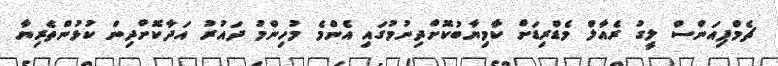
ޗެމްޕިއަންސް ލީގު ރެއާލް މެޑްރިޑަށް ކާމިޔާބުކޮށްދިނުމުގައި އެންމެ މުހިންމު ދައުރު އަދާކޮށްދިން ކުޅުންތެރިޔާ